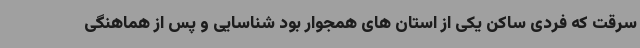
سرقت که فردی ساکن یکی از استان های همجوار بود شناسایی و پس از هماهنگی